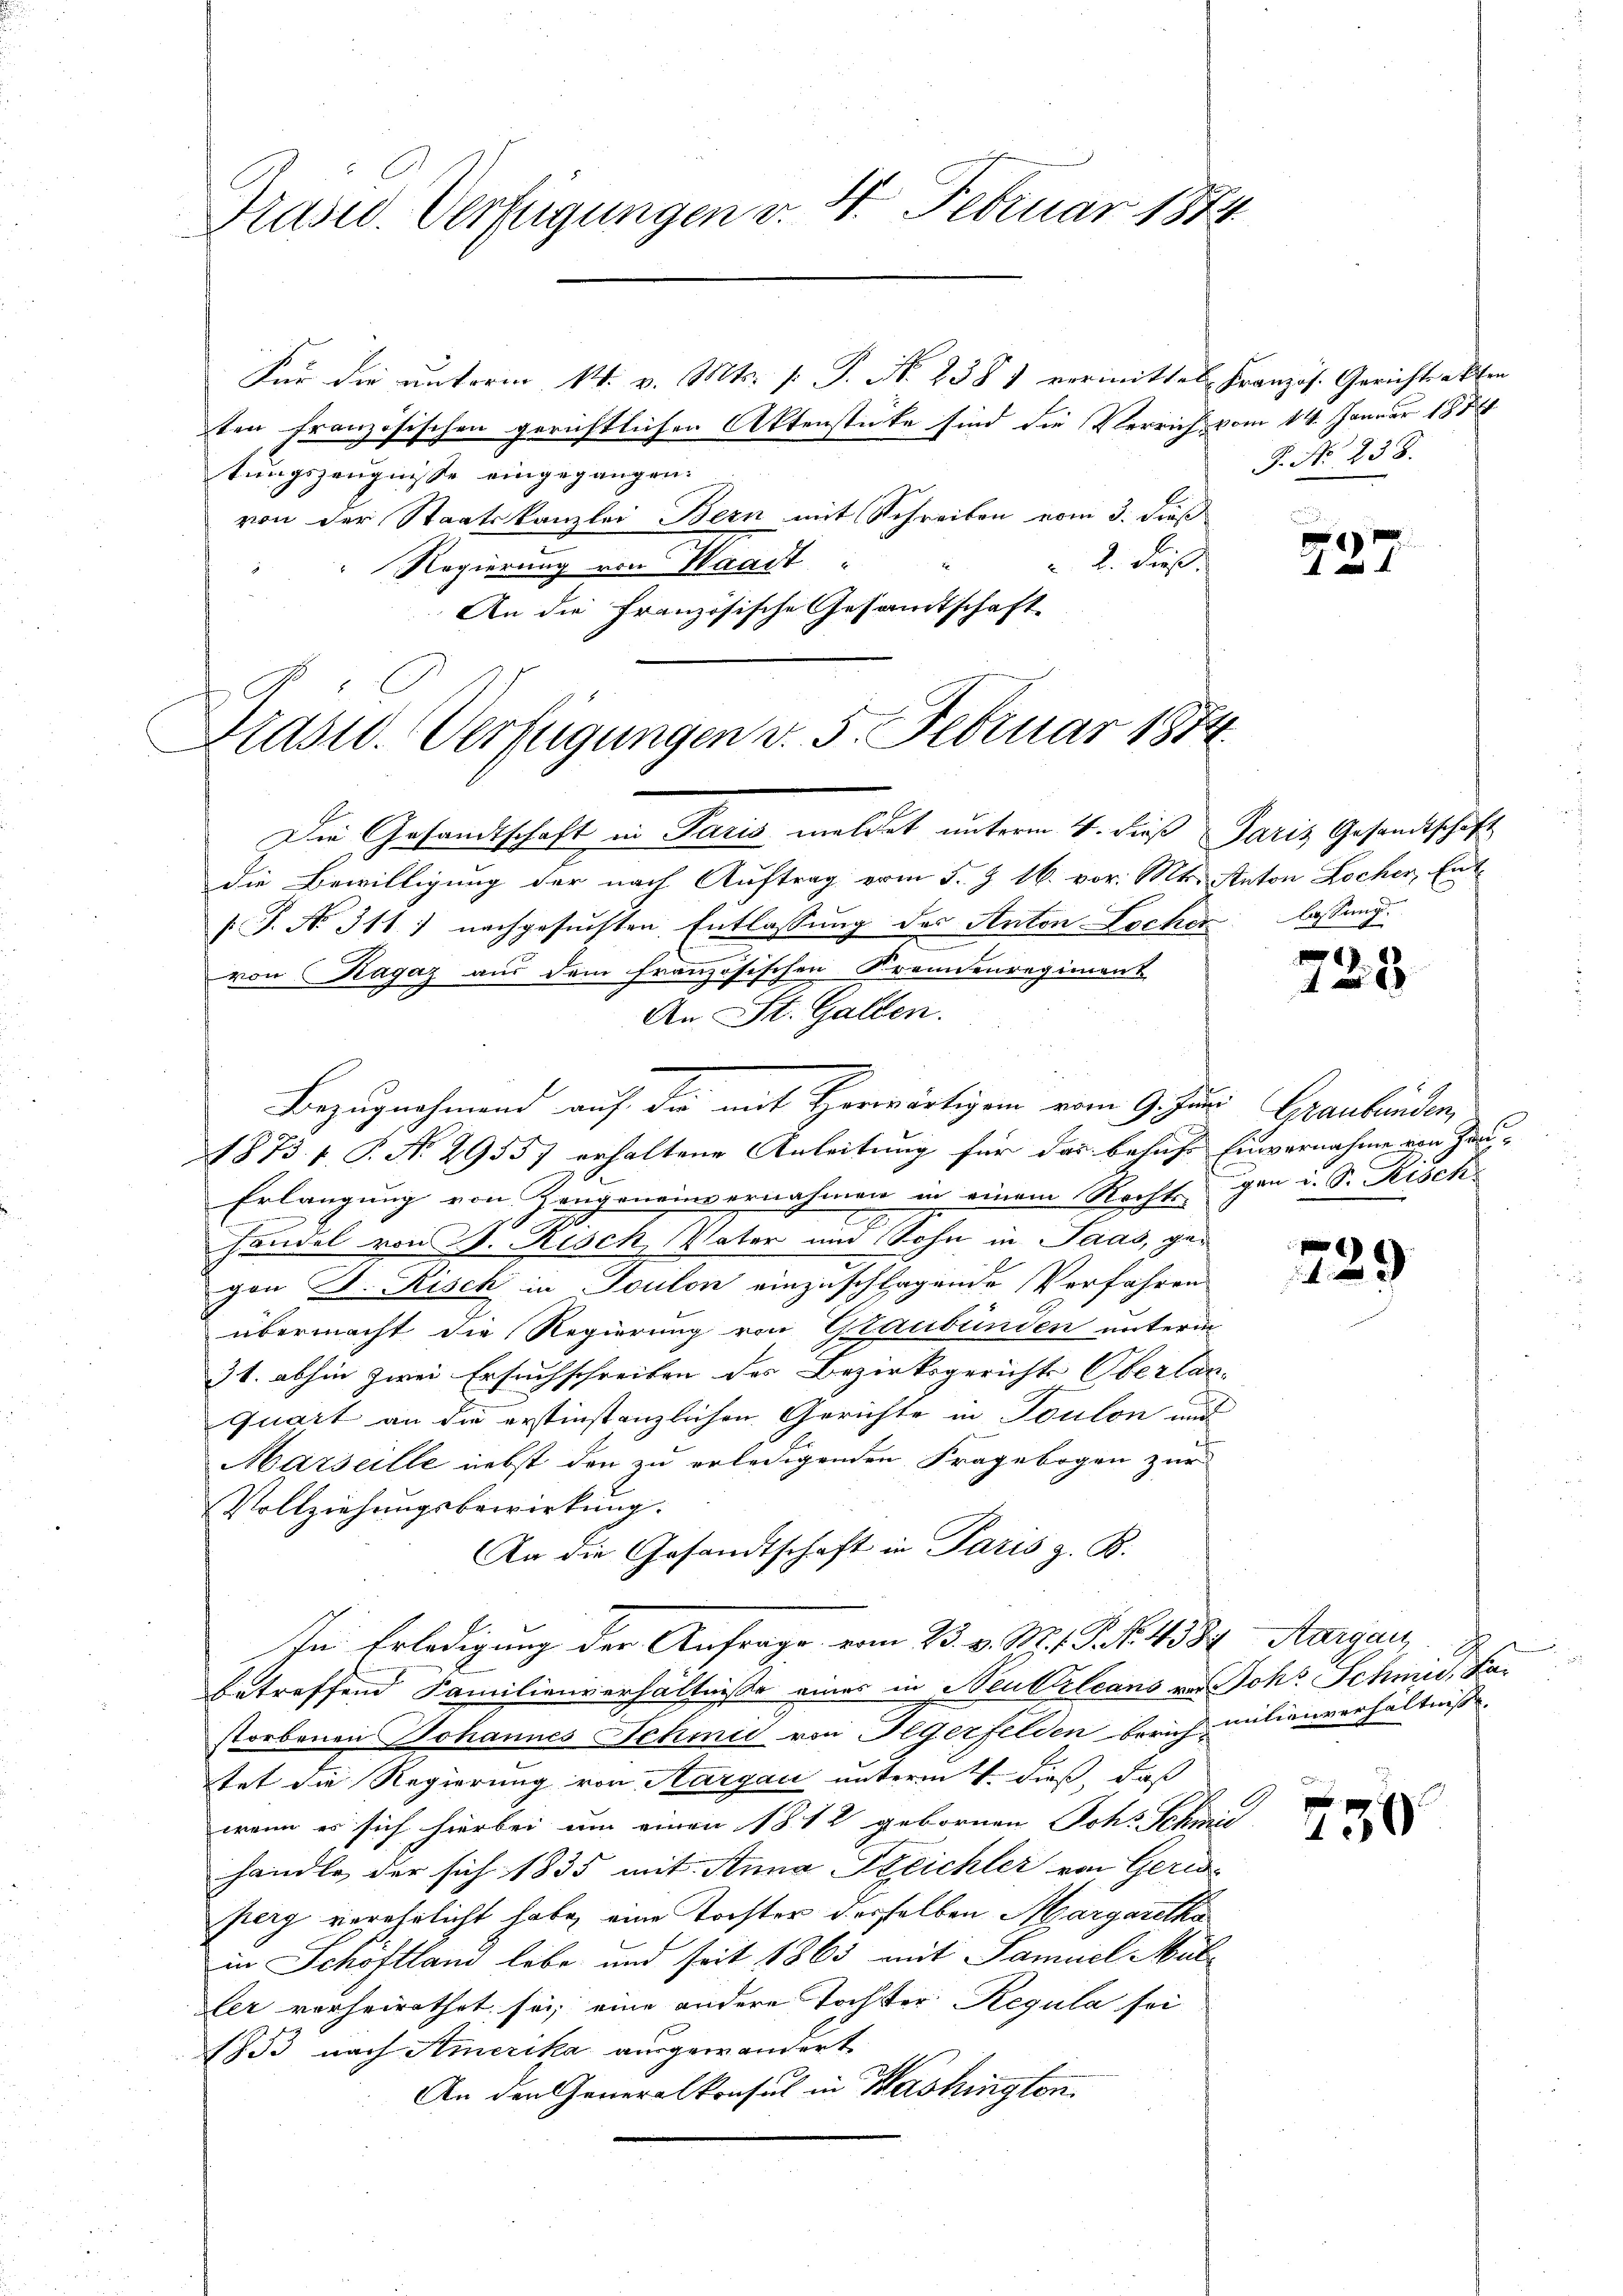
Präsid. Verfügungen v. 4. Februar 1874.

Für die unterm 14. v. Mts. [ P. Nr. 2381 vermittel Französ. Gerichtsakten
ten französischen gerichtlichen Aktenstücke sind die Verricht vom 14. Januar 187
tungszeugnisse eingegangen.
von der Staatskanzlei Bern mit Schreiben vom 3. dieß
 2. dieß.
Regierung von Waadt
An die Französische Gesamtschaft

Last. Verfügungen v. 5. Februar 1874.

Die Gesandtschaft in Paris meldet unterm 4. dieß Paris Gesandtschaft
die Bewilligung der nach Auftrag vom 5. J. 16. vor. Mts. Anton Locher, Ent¬
[J. No. 311) nachgesuchten Entlassung des Anton Locher
von Ragaz aus dem französischen Kronenregiment
An St. Gallen.
Bezugnahmend auf die mit Horwärtigem vom 9. Juni Graubünden,
1875 f. P. No 29557 erhaltene Anleitung für das beliehe Einvernahme von Hau¬
Erlangung von Zangeneinvernahmen in einem Rechte den i. S. Risch.
handel von J. Risch, Vater und Sohn in Saas, gegon A. Risch in Toulon einzuschlagende Verfahren
übermacht die Regierung von Graubünden unterm
36. abhin zwei Ersuchschreiben des Bezirksgerichts Oberlan-
quart an die erstinstanzlichen Gerichte in Toulon und
Marseille nebst den zu erledigenden Fragebogen zur
Vollziehungsbewirkung.
An die Gesandtschaft in Paris z. B.
In Erledigung der Anfrage vom 23. v. M. Frk. 438. Aargau
betreffend Familienverhältniße eines in Neubelcans vor Joh. Schmid, da
storbenen Johannes Schmid von Jegerfelden berich milienverhältniße
tet die Regierung von Aargau unterm 4. dieß, daß
wenn es sich hierbei um einen 1812 gebornen Johs. Schmie
handle der sich 1835 mit Anna Szeichler von Geri
perg verehrlicht habe, eine Tochter desselben Margaretha
in Schoftland lebe und seit 1863 mit Samuel Mut
ler verheirathet sei, eine andere Tochter Regula sei
1853 nach Amerika ausgewandert.
An den Generalkonsul in Washington.

P. No 238.

5
A

lassung.

.

729

730